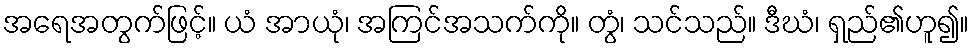
အရေအတွက်ဖြင့်။ ယံ အာယုံ၊ အကြင်အသက်ကို။ တွံ၊ သင်သည်။ ဒီဃံ၊ ရှည်၏ဟူ၍။